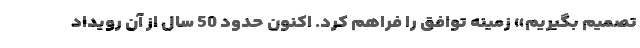
تصمیم بگیریم» زمینه توافق را فراهم کرد. اکنون حدود 50 سال از آن رویداد